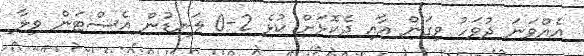
އެއްވަނަ ދުވަހު ވިގަން އާއި ދެކޮޅަށް ކުޅެ 2-0 ލަނޑުން އެސްޓަން ވިލާ